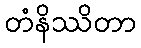
တံနိဿိတာ